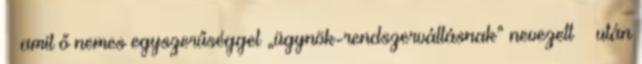
– amit ő nemes egyszerűséggel „ügynök-rendszerváltásnak” nevezett – után